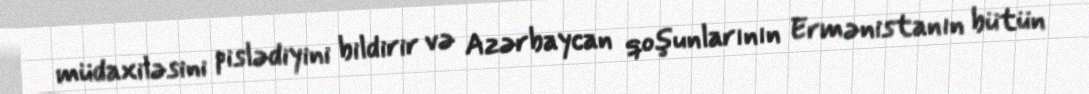
müdaxiləsini pislədiyini bildirir və Azərbaycan qoşunlarının Ermənistanın bütün